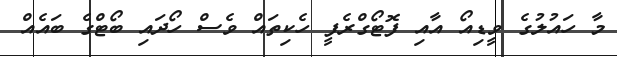
މާ ހައުލުގެ ވީޑިއޯ އާއި ފޮޓޯގްރެފީ ހެކިތައް ވެސް ހޯދައި ބޯޓްގެ ބައެއް